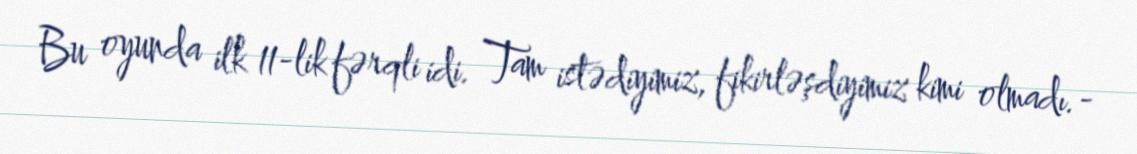
Bu oyunda ilk 11-lik fərqli idi. Tam istədiyimiz, fikirləşdiyimiz kimi olmadı.-